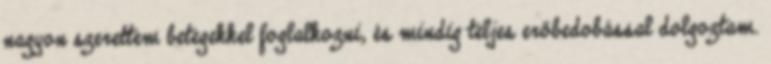
nagyon szerettem betegekkel foglalkozni, és mindig teljes erőbedobással dolgoztam.